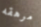
مرهقه